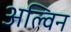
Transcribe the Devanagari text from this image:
अल्विन